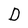
Character: D